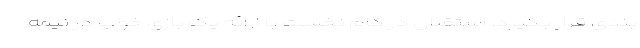
بندی قرار بگیرد. استقلال در گام نخست با ارائه یک بازی خوب در نیمه